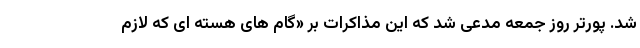
شد. پورتر روز جمعه مدعی شد که این مذاکرات بر «گام های هسته ای که لازم